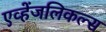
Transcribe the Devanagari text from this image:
एव्हेंजलिकल्स